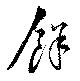
餘